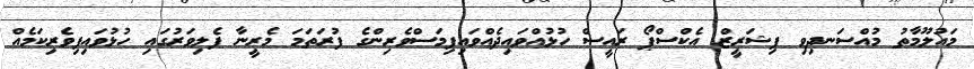
މައުލޫމާތު މުއްސަނދިވި ފިޝަރީޒް އެކްސްޕޯ ރައީސް ހުޅުއްވައިދެއްވައިފިމަސްވެރިންގެ ފުރަތަަމަ މެރީނާ ފެލިވަރުގައި ހުޅުވައިފިވެރިކަމެއް